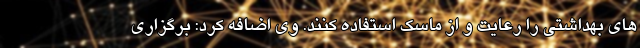
های بهداشتی را رعایت و از ماسک استفاده کنند. وی اضافه کرد: برگزاری